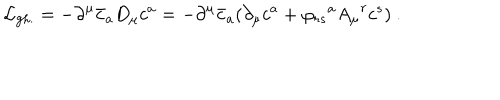
LaTeX: { \cal { L } } _ { \mathrm { g h . } } = - { \partial } ^ { \mu } { \bar { c } } _ { a } D _ { \mu } { c ^ { a } } = - { \partial } ^ { \mu } { \bar { c } } _ { a } ( { \partial } _ { \mu } c ^ { a } + { \varphi _ { r s } } ^ { a } { A _ { \mu } } ^ { r } { c ^ { s } } ) ~ .